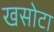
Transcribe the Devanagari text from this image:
खसोटा